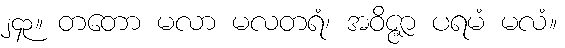
၂၄၃။ တတော မလာ မလတရံ၊ အဝိဇ္ဇာ ပရမံ မလံ။